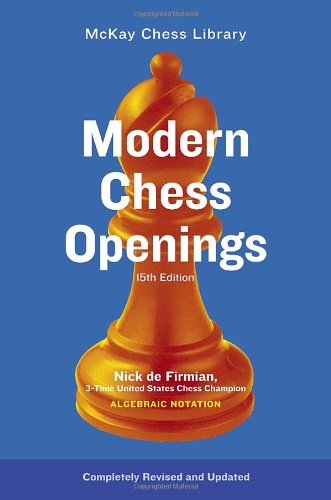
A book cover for Modern Chess Openings, 15th Edition; Nick De Firmian; Humor & Entertainment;